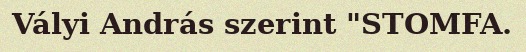
Vályi András szerint "STOMFA.